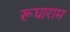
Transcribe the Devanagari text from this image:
रूघाराम